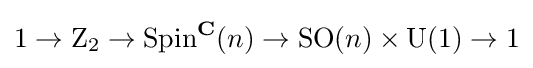
1\to \mathrm {Z} _{2}\to \operatorname {Spin} ^{\mathbf {C} }(n)\to \operatorname {SO} (n)\times \operatorname {U} (1)\to 1